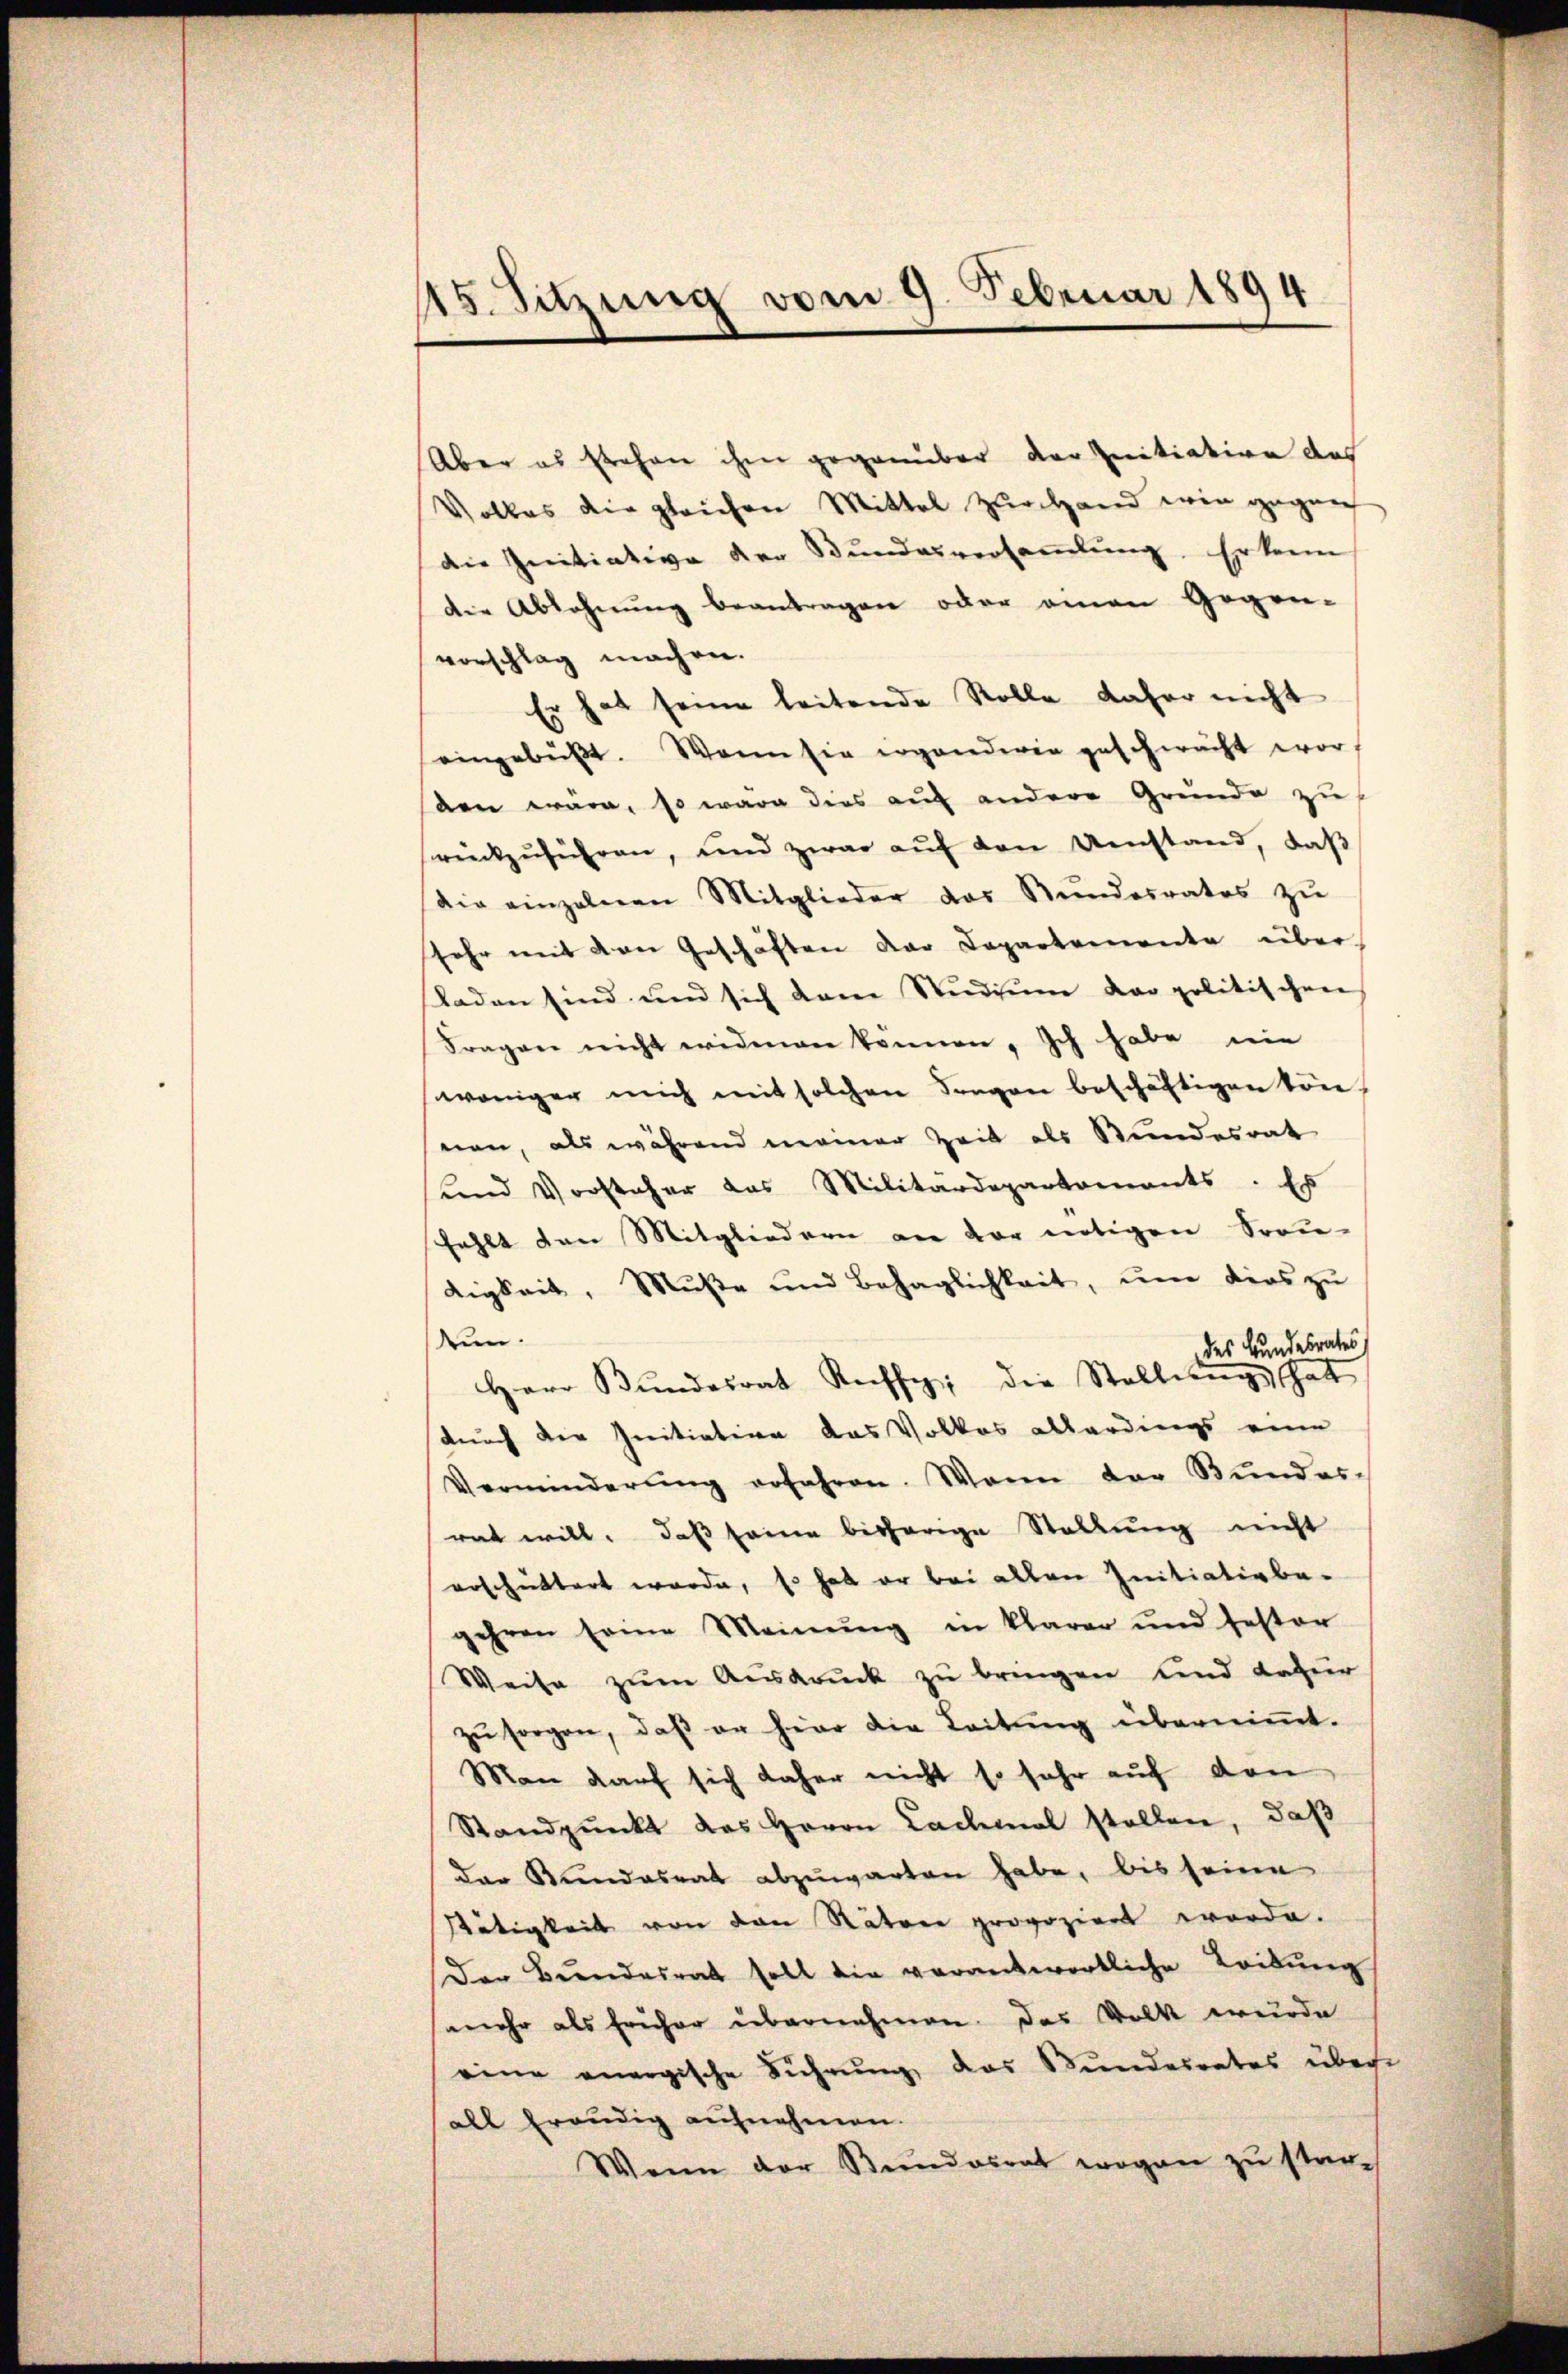
115. Sitzung vom 9. Februar 1894

Aber es stehen ihm gegenüber der Initiation des
Volkes die gleichen Mittel zurchand wie gegen
die Initiative der Bundesversaṁlŭng. Er kann
die Ablehnung beantragen oder einen Gegen-
vorschlag machen.
Er hat seine leitende Rolle daher nicht
eingebüβt. Wenn sie erganderen geschwacht wor
den wäre, so wäre dies auf andere Grunde zu
rückzuführen, und zwar auf den Umstand, daß
Die einzelnen Mitglieder das Stundesrates zŭ
sehr mit von Geschäften der Capartemente über
laden sind und sich dann Stŭdiŭm der politischen
Fragen nicht widmen können. Ich habe nie
weniger mich mit solchen Fragen beschäftigen können, als während meiner Zeit als Stundesrat
und Vorsteher das Militärdepartements. Es
fehlt den Mitgliedern an der nötigen Frau-
digkeit, Musse und Behaglichkeit, ŭm dies zu
dun
des Bundesrates
Herr Bŭndesrat Kaffe, die Stellungs hatt
(durch der Initiation das Volkes allerdings eine
Verminderŭng erfahren. Wenn der Stundes-
rat will, daß seine bisherige Stellung nicht
erschüttert wurde, so hat er bei allen Initiativbeehren seine Meinung in klarer und fester
e
Weise zum Ausdruck zu bringen und dazur
zŭ sorgen, daβ er hier die Leitŭng überniṁt.
Man darf sich daher nicht so sehr auf den
Standpunkt das Herrn Lachmal stellen, daß
der Kundesrat abzŭwarten habe, bis seine
Wätigkeit von den Rätere provoziert worde.
Der Bundesrat soll die verantwortliche Leidŭng
mehr als früher übernehmen. Das Volk wurde
eine anergische Führŭng, das Bundesrates über-
all freudig aufnehmen.
Wenn der Bundesrat wegen zu star¬